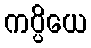
ကပ္ပိယေ